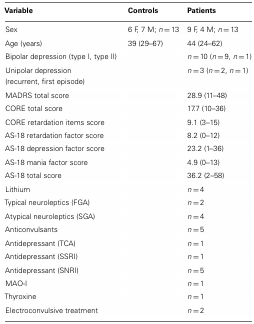
| Variable | Controls | Patients |
 | --- | --- | --- |
 | Sex | 6 F, 7 M; n = 13 | 9 F, 4 M; n = 13 |
 | Age (years) | 39 (29–67) | 44 (24–62) |
 | Bipolar depression (type I, type II) |  | n = 10 (n = 9, n = 1) |
 | Unipolar depression (recurrent, first episode) |  | n = 3 (n = 2, n = 1) |
 | MADRS total score |  | 28.9 (11–48) |
 | CORE total score |  | 17.7 (10–36) |
 | CORE retardation items score |  | 9.1 (3–15) |
 | AS-18 retardation factor score |  | 8.2 (0–12) |
 | AS-18 depression factor score |  | 23.2 (1–36) |
 | AS-18 mania factor score |  | 4.9 (0–13) |
 | AS-18 total score |  | 36.2 (2–58) |
 | Lithium |  | n = 4 |
 | Typical neuroleptics (FGA) |  | n = 2 |
 | Atypical neuroleptics (SGA) |  | n = 4 |
 | Anticonvulsants |  | n = 5 |
 | Antidepressant (TCA) |  | n = 1 |
 | Antidepressant (SSRI) |  | n = 1 |
 | Antidepressant (SNRI) |  | n = 5 |
 | MAO-I |  | n = 1 |
 | Thyroxine |  | n = 1 |
 | Electroconvulsive treatment |  | n = 2 |